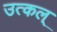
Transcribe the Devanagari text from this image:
उत्कल्